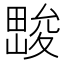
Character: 𱰽